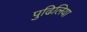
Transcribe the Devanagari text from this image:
पुढिलिया